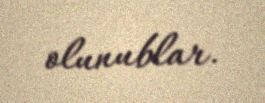
olunublar.